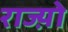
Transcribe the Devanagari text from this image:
राज्य़ो